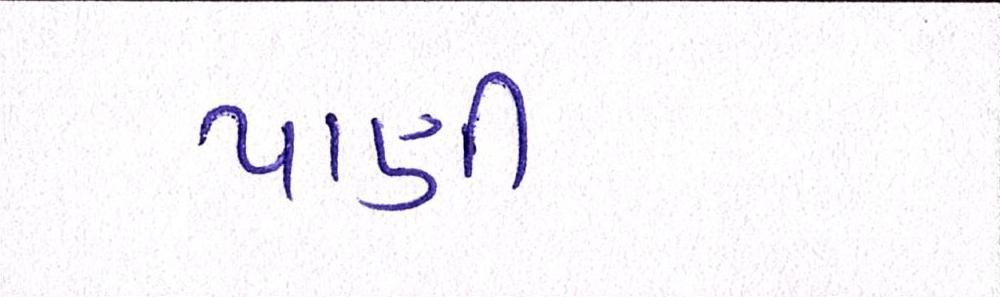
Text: પાણીમાંથી